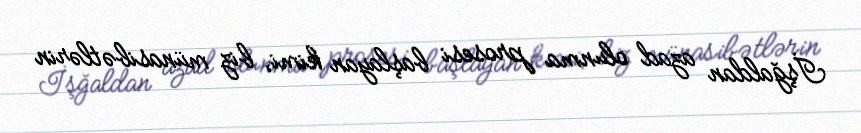
İşğaldan azad olunma prosesi başlayan kimi, biz münasibətlərin